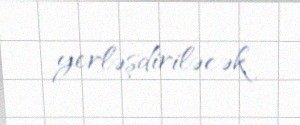
yerləşdiriləcək.